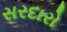
સરદારો